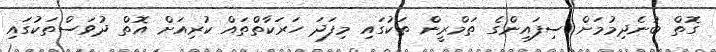
ގޮތް ބުނެދިމުމަށް ސިފައިންގެ ތަމްރީން ތަކުގައި މިފަދަ ހަރަކާތްތައް ކުރިއަށް އޮތް ދުވަސްތަކުގައި